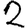
Digit: 2